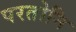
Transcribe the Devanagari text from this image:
परतोनि